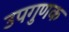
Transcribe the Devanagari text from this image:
उपगुणक